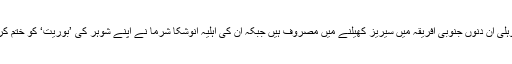
تفصیلات کے مطابق گزشتہ سال شادی کے بندھن میں بندھنے کے بعد بھارتی کپتان ویرات کوہلی ان دنوں جنوبی افریقہ میں سیریز کھیلنے میں مصروف ہیں جبکہ ان کی اہلیہ انوشکا شرما نے اپنے شوہر کی ’بوریت‘ کو ختم کرنے کیلئے اچانک ممبئی سے اڑان بھر تے ہوئے جنوبی افریقہ پہنچ کر کوہلی کو حیران کردیا۔